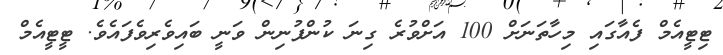
ޓިޓީއެމް ފެއާގައި މިހާތަނަށް 100 އަށްވުރެ ގިނަ ކުންފުނިން ވަނީ ބައިވެރިވެފައެވެ. ޓީޓީއެމް